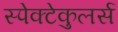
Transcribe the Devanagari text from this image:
स्पेक्टेकुलर्स